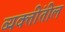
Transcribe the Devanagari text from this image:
व्यक्तींतील